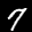
Label: 7